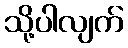
သို့ပါလျက်